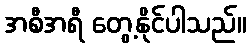
အစီအရီ တွေ့နိုင်ပါသည်။